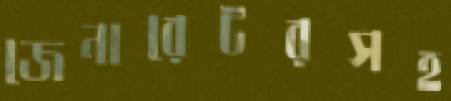
জেনারেটরসহ